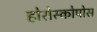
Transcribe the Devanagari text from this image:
होरोस्कोपोस